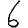
Digit: 6